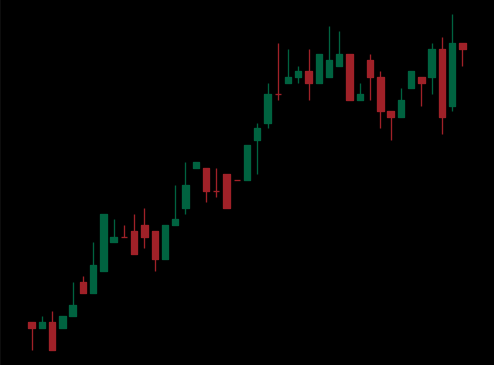
Pattern: bear_flag